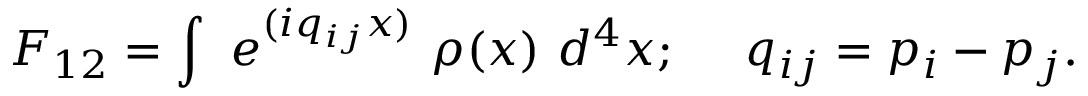
{ \cal F } _ { 1 2 } = \int \ e ^ { ( i q _ { i j } x ) } \ \rho ( x ) \ d ^ { 4 } x ; \ \ \ \ q _ { i j } = p _ { i } - p _ { j } .